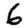
Digit: 6